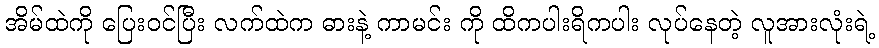
အိမ်ထဲကို ပြေးဝင်ပြီး လက်ထဲက ဓားနဲ့ ကာမင်း ကို ထိကပါးရိကပါး လုပ်နေတဲ့ လူအားလုံးရဲ့